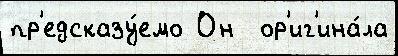
пр'едсказу́емо Он  ор'иг'ина́ла